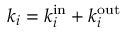
k _ { i } = k _ { i } ^ { \mathrm { i n } } + k _ { i } ^ { \mathrm { o u t } }